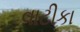
વાટીકા